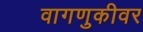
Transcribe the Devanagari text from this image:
वागणुकीवर